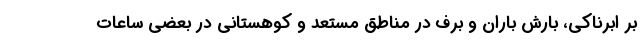
بر ابرناکی، بارش باران و برف در مناطق مستعد و کوهستانی در بعضی ساعات